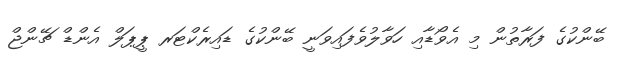
ބޭންކުގެ ފަރާތުން މި އެވޯޑާއި ހަވާލުވެފައިވަނީ ބޭންކުގެ ޑައިރެކްޓަރ ޕީޕަލް އެންޑް ޗޭންޖް